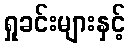
ရှုခင်းများနှင့်